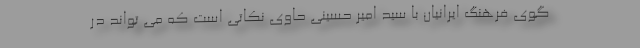
گوی فرهنگ ایرانیان با سید امیر حسینی حاوی نکاتی است که می تواند در